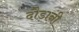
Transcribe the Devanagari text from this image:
दौड़ानी